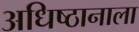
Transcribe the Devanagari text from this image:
अधिष्ठानाला